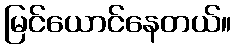
မြင်ယောင်နေတယ်။